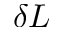
\delta L